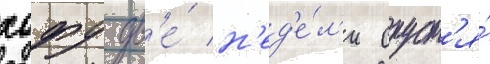
хофу дв'е́ н'ед'е́л'и спуст'я́